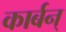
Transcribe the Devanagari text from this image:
कार्बन्